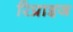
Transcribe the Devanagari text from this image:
रिप्राइज